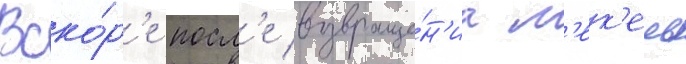
Вско́р'е посл'е возвраще́н'иа м'ек'ель